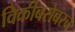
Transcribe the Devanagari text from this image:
विकीबरोबरच